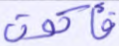
فأكون